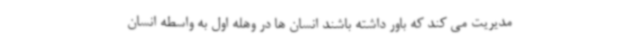
مدیریت می کند که باور داشته باشند انسان ها در وهله اول به واسطه انسان